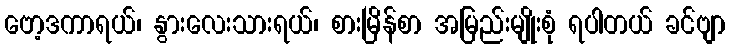
ဗော့ဒကာရယ်၊ နွားလေးသားရယ်၊ စားမြိန်စာ အမြည်းမျိုးစုံ ရပါတယ် ခင်ဗျာ